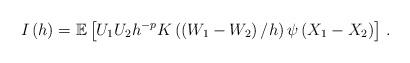
LaTeX: \begin{align*}I\left(h\right)=\mathbb{E}\left[U_{1}U_{2} h^{-p}K\left(\left(W_{1}-W_{2}\right)/h\right)\psi\left(X_{1}-X_{2}\right)\right]\, .\end{align*}